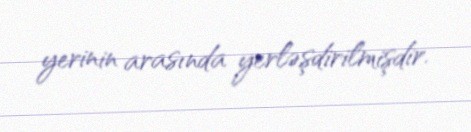
yerinin arasında yerləşdirilmişdir.